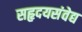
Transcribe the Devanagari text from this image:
सहृदयसंवेद्य